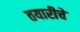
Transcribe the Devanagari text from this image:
तयारीचे